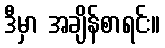
ဒီမှာ အချိန်စာရင်း။